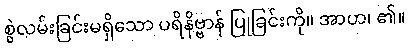
စွဲလမ်းခြင်းမရှိသော ပရိနိဗ္ဗာန် ပြုခြင်းကို။ အာဟ၊ ၏။